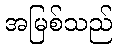
အမြစ်သည်